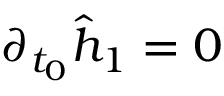
\partial _ { t _ { 0 } } \hat { h } _ { 1 } = 0